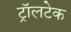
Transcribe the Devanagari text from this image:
ट्रॉलटेक